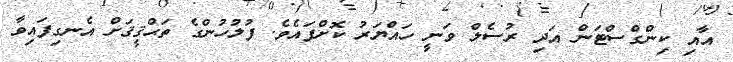
އާއި ކިންގްސްޓަން އަދި ރުސެލް ވަނީ ހައްޔަރު ކޮށްފައެވެ. ފުލުހުންގެ ތަޙްޤީޤަށް އެނގިފައިވާ